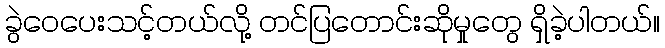
ခွဲဝေပေးသင့်တယ်လို့ တင်ပြတောင်းဆိုမှုတွေ ရှိခဲ့ပါတယ်။